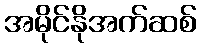
အမိုင်နိုအက်ဆစ်